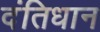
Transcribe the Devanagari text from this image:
दंतिधान